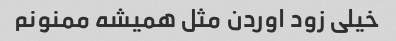
خیلی زود اوردن مثل همیشه ممنونم